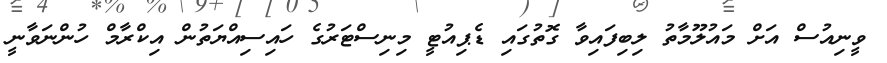
ވީނިއުސް އަށް މައުލޫމާތު ލިބިފައިވާ ގޮތުގައި ޑެޕިއުޓީ މިނިސްޓަރުގެ ހައިސިއްޔަތުން އިކްރާމް ހުންނަވާނީ